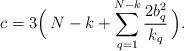
LaTeX: \begin{align*}c=3\Bigl(\,N-k+\sum_{q=1}^{N-k}{2b_{q}^2\over k_{q}}\,\Bigr).\end{align*}